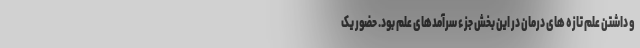
و داشتن علم تازه های درمان در این بخش جزء سرآمدهای علم بود. حضور یک